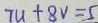
7 u + 8 V = 5